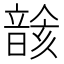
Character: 𩐰